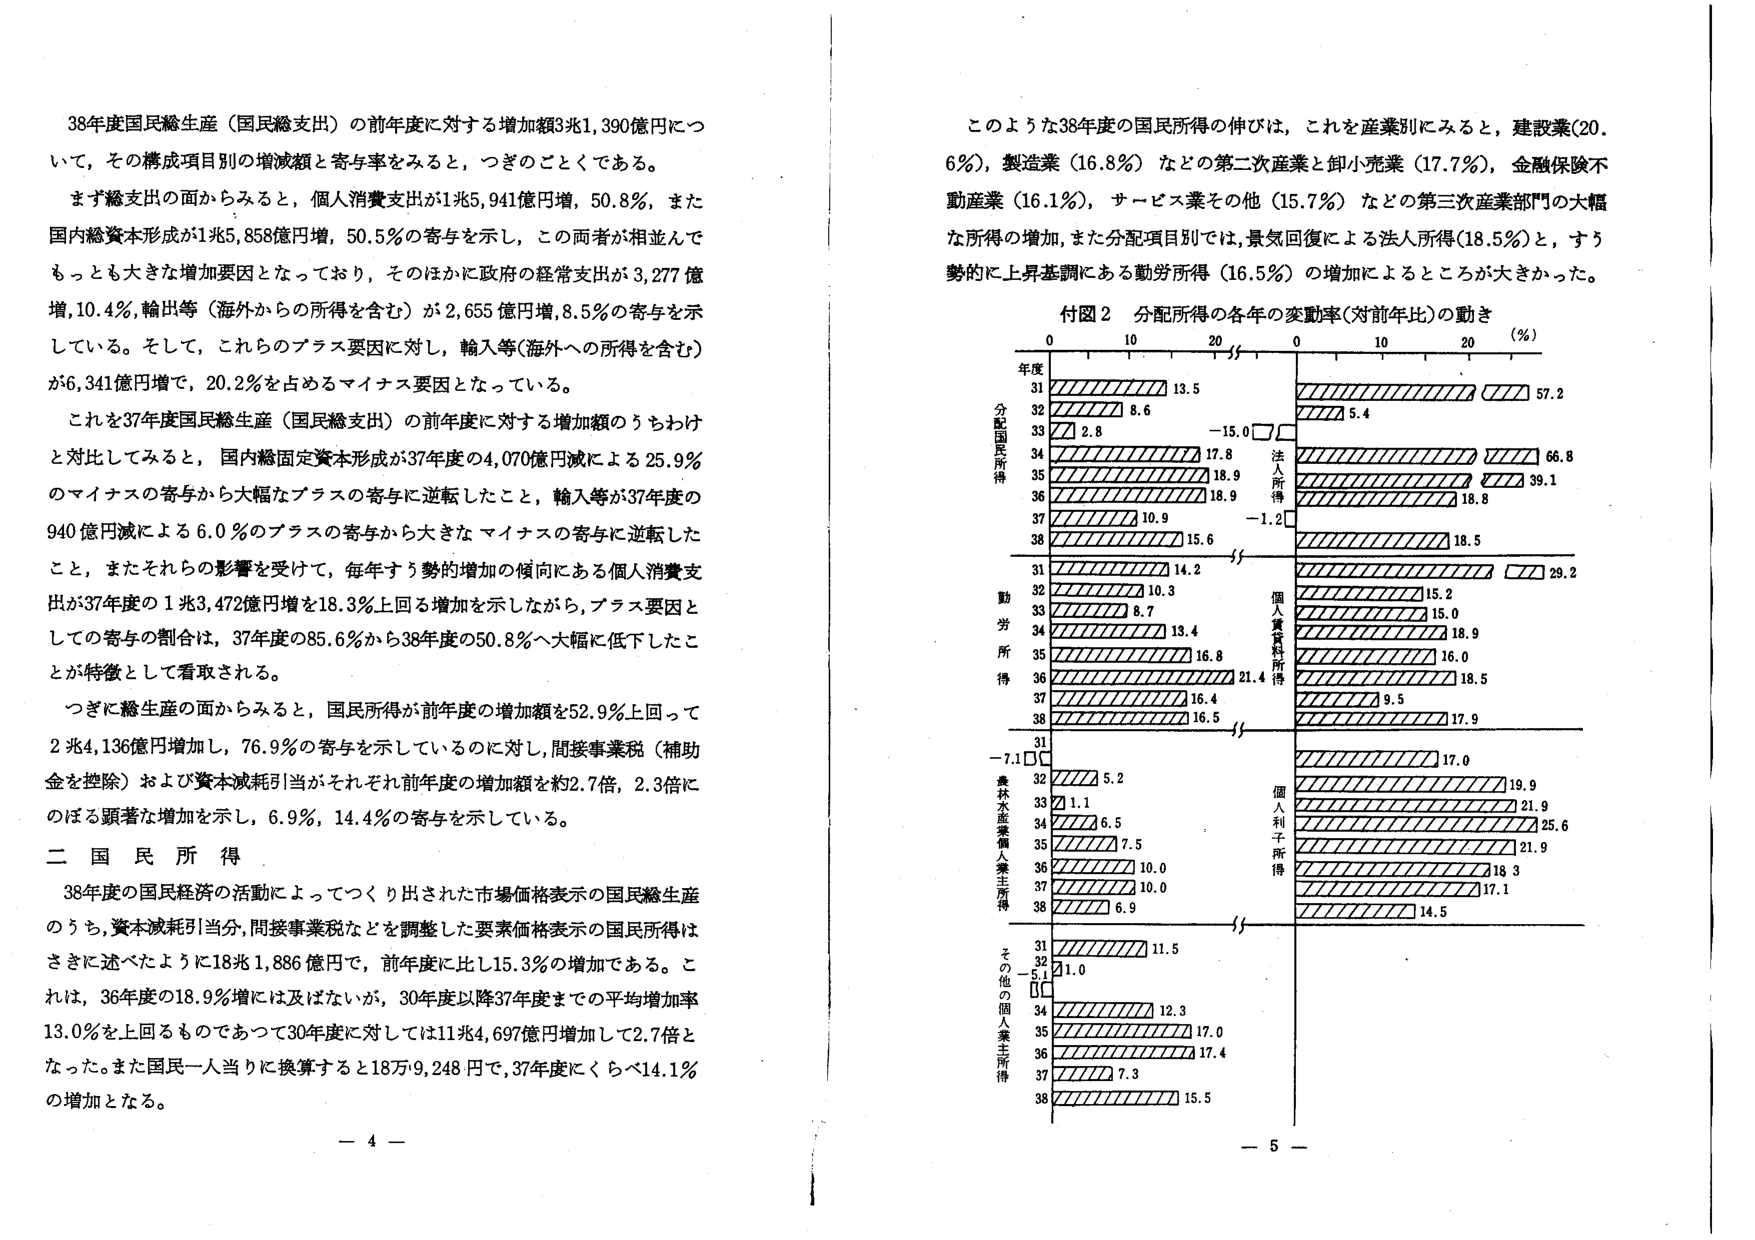
38年度国民総生産（国民総支出）の前年度に対する増加額3兆1,390億円について，その構成項目別の増減額と寄与率をみると，つぎのことである。

まず総支出の面からみると，個人消費支出が1兆5,941億円増，50.8％，また国内総資本形成が1兆5,858億円増，50.5％の寄与を示し，この両者が相並んでもっとも大きな増加要因となっており，そのほかに政府の経常支出が3,277億増，10.4％，輸出等（海外からの所得を含む）が2,655億円増，8.5％の寄与を示している。そして，これらのプラス要因に対し，輸入等（海外への所得を含む）が6,341億円増で，20.2％を占めるマイナス要因となっている。

これを37年度国民総生産（国民総支出）の前年度に対する増加額のうちわけと対比してみると，国内総固定資本形成が37年度の4,070億円減による25.9％のマイナスの寄与から大幅なプラスの寄与に逆転したこと，輸入等が37年度の940億円減による6.0％のプラスの寄与から大きなマイナスの寄与に逆転したこと，またそれらの影響を受けて，毎年すう勢的増加の傾向にある個人消費支出が37年度の1兆3,472億円増を18.3％上回る増加を示しながら，プラス要因としての寄与の割合は，37年度の85.6％から38年度の50.8％へ大幅に低下したことが特徴として看取される。

つぎに総生産の面からみると，国民所得が前年度の増加額を52.9％上回って2兆4,136億円増加し，76.9％の寄与を示しているのに対し，間接事業税（補助金を控除）および資本減耗引当がそれぞれ前年度の増加額を約2.7倍，2.3倍にのぼる顕著な増加を示し，6.9％，14.4％の寄与を示している。

二 国 民 所 得

38年度の国民経済の活動によってつくり出された市場価格表示の国民総生産のうち，資本減耗引当分，間接事業税などを調整した要素価格表示の国民所得はさきに述べたように18兆1,886億円で，前年度に比し15.3％の増加である。これは，36年度の18.9％増には及ばないが，30年度以降37年度までの平均増加率13.0％を上回るものであって30年度に対しては11兆4,697億円増加して2.7倍となった。また国民一人当たりに換算すると18万9,248円で，37年度にくらべ14.1％の増加となる。

このような38年度の国民所得の伸びは，これを産業別にみると，建設業（20.6％），製造業（16.8％）などの第二次産業と卸小売業（17.7％），金融保険不動産業（16.1％），サービス業その他（15.7％）などの第三次産業部門の大幅な所得の増加，また分配項目別では，景気回復による法人所得（18.5％）と，すう勢的に上昇基調にある勤労所得（16.5％）の増加によるところが大きかった。

付図2 分配所得の各年の変動率（対前年比）の動き

年度 0 10 20 0 10 20 (%)
分配国民所得
31 13.5 57.2
32 8.6 5.4
33 2.8 -15.0
34 17.8 66.8
35 18.9 39.1
36 18.9 18.8
37 10.9 -1.2
38 15.6 18.5

勤労所得
31 14.2 29.2
32 10.3 15.2
33 8.7 15.0
34 13.4 18.9
35 16.8 16.0
36 16.4 18.5
37 16.4 9.5
38 16.5 17.9

農林水産業個人業主所得
31 -7.1 17.0
32 5.2 19.9
33 1.1 21.9
34 6.5 25.6
35 7.5 21.9
36 10.0 18.3
37 10.0 17.1
38 6.9 14.5

その他の個人業主所得
31 11.5
32 1.0
33 5.1
34 12.3
35 17.0
36 17.4
37 7.3
38 15.5

- 4 -
- 5 -